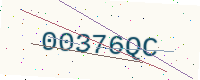
Text: 00376QC